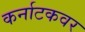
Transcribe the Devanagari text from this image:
कर्नाटकवर